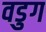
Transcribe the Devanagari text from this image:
वडुग